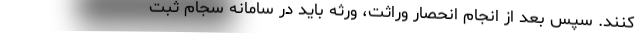
کنند. سپس بعد از انجام انحصار وراثت، ورثه باید در سامانه سجام ثبت